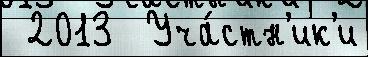
 2013  Уча́стн'ик'и